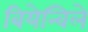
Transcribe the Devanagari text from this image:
बियेन्विले